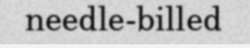
needle-billed